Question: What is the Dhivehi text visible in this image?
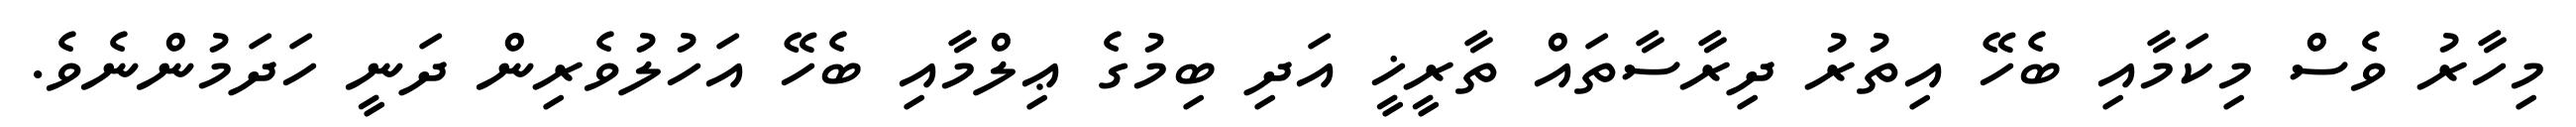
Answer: މިހާރު ވެސް މިކަމާއި ބެހޭ އިތުރު ދިރާސާތައް ތާރީޚީ އަދި ބިމުގެ ޢިލްމާއި ބެހޭ އަހުލުވެރިން ދަނީ ހަދަމުންނެވެ.